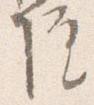
院